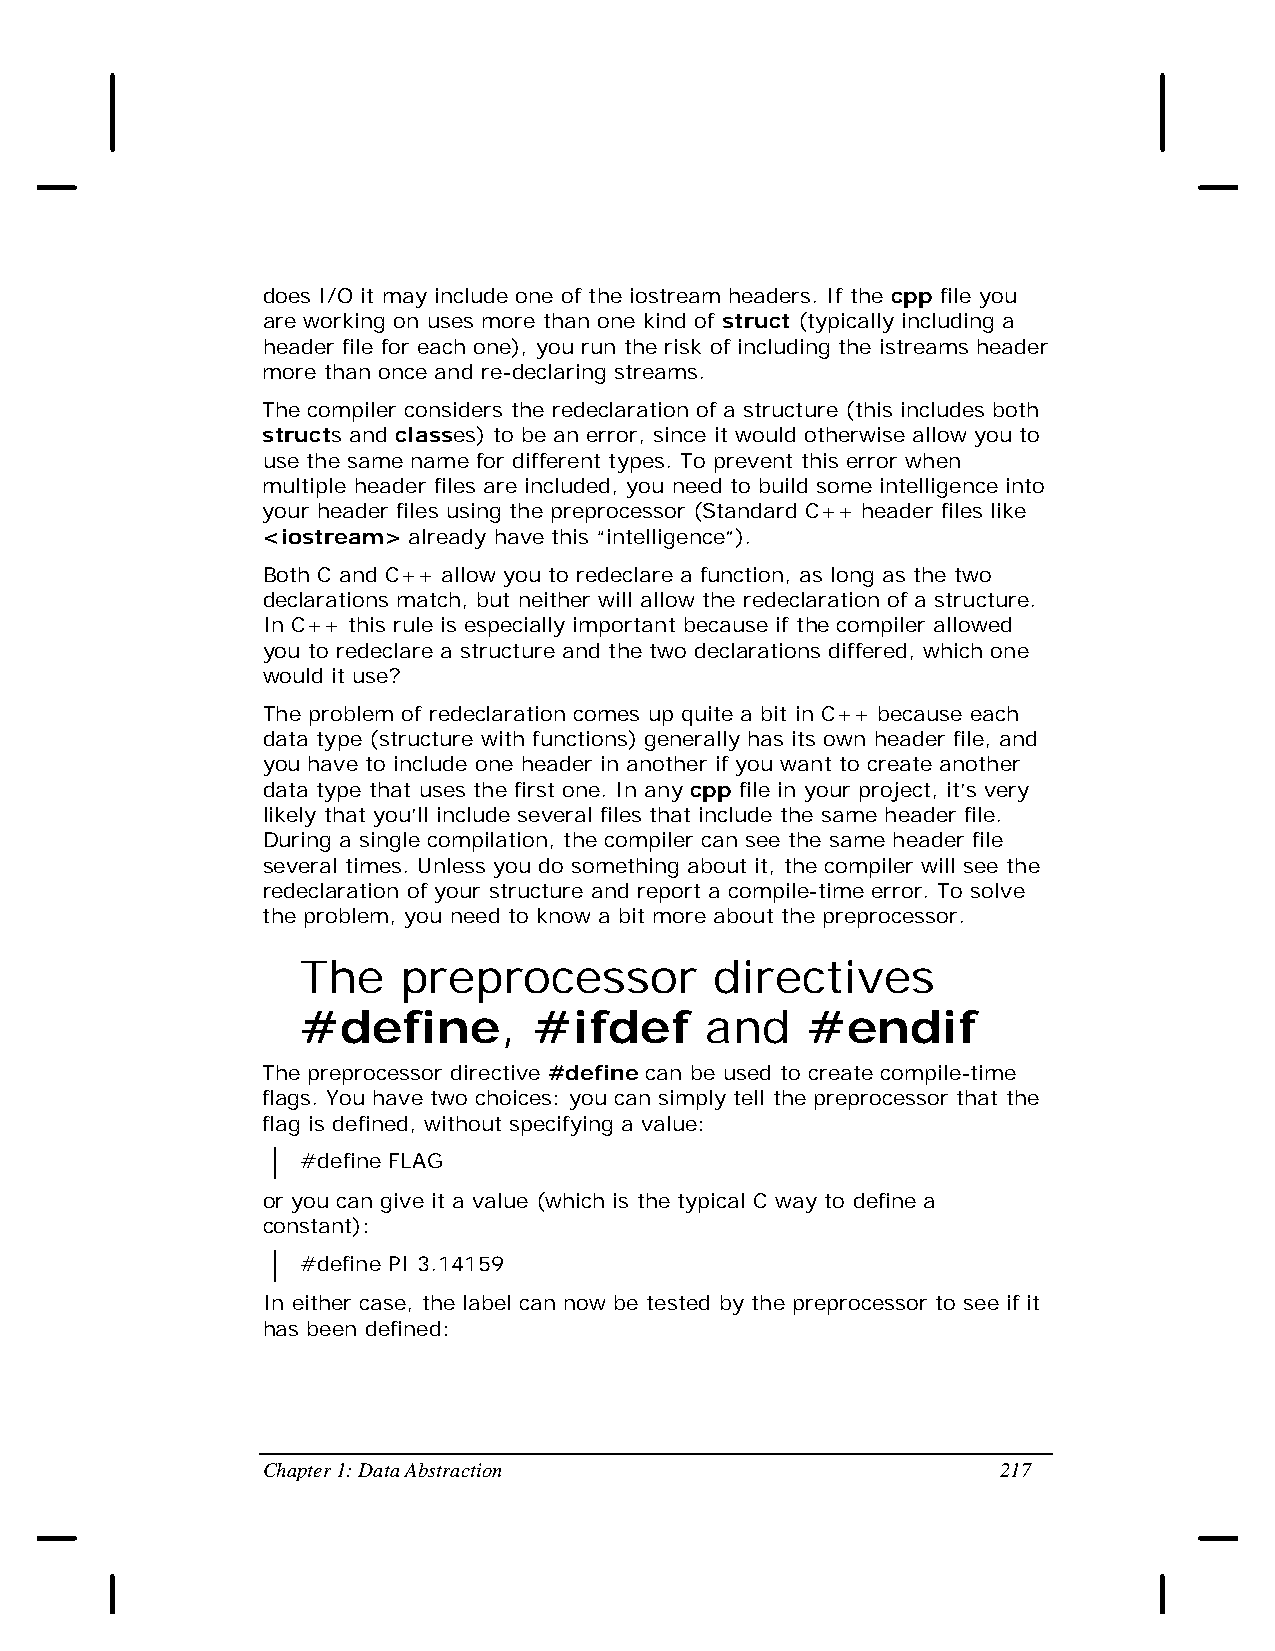
does I/O it may include one of the iostream headers. If the cpp file you
 are working on uses more than one kind of struct (typically including a
 header file for each one), you run the risk of including the istreams header
 more than once and re-declaring streams.
 The compiler considers the redeclaration of a structure (this includes both
 structs and classes) to be an error, since it would otherwise allow you to
 use the same name for different types. To prevent this error when
 multiple header files are included, you need to build some intelligence into
 your header files using the preprocessor (Standard C++ header files like
 <iostream> already have this “intelligence”).
 Both C and C++ allow you to redeclare a function, as long as the two
 declarations match, but neither will allow the redeclaration of a structure.
 In C++ this rule is especially important because if the compiler allowed
 you to redeclare a structure and the two declarations differed, which one
 would it use?
 The problem of redeclaration comes up quite a bit in C++ because each
 data type (structure with functions) generally has its own header file, and
 you have to include one header in another if you want to create another
 data type that uses the first one. In any cpp file in your project, it’s very
 likely that you’ll include several files that include the same header file.
 During a single compilation, the compiler can see the same header file
 several times. Unless you do something about it, the compiler will see the
 redeclaration of your structure and report a compile-time error. To solve
 the problem, you need to know a bit more about the preprocessor.
 The    preprocessor        directives
 #define,       #ifdef      and   #endif
 The preprocessor directive #define can be used to create compile-time
 flags. You have two choices: you can simply tell the preprocessor that the
 flag is defined, without specifying a value:
 #define FLAG
 or you can give it a value (which is the typical C way to define a
 constant):
 #define PI 3.14159
 In either case, the label can now be tested by the preprocessor to see if it
 has been defined:
 Chapter 1: Data Abstraction                      217